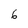
Character: 6